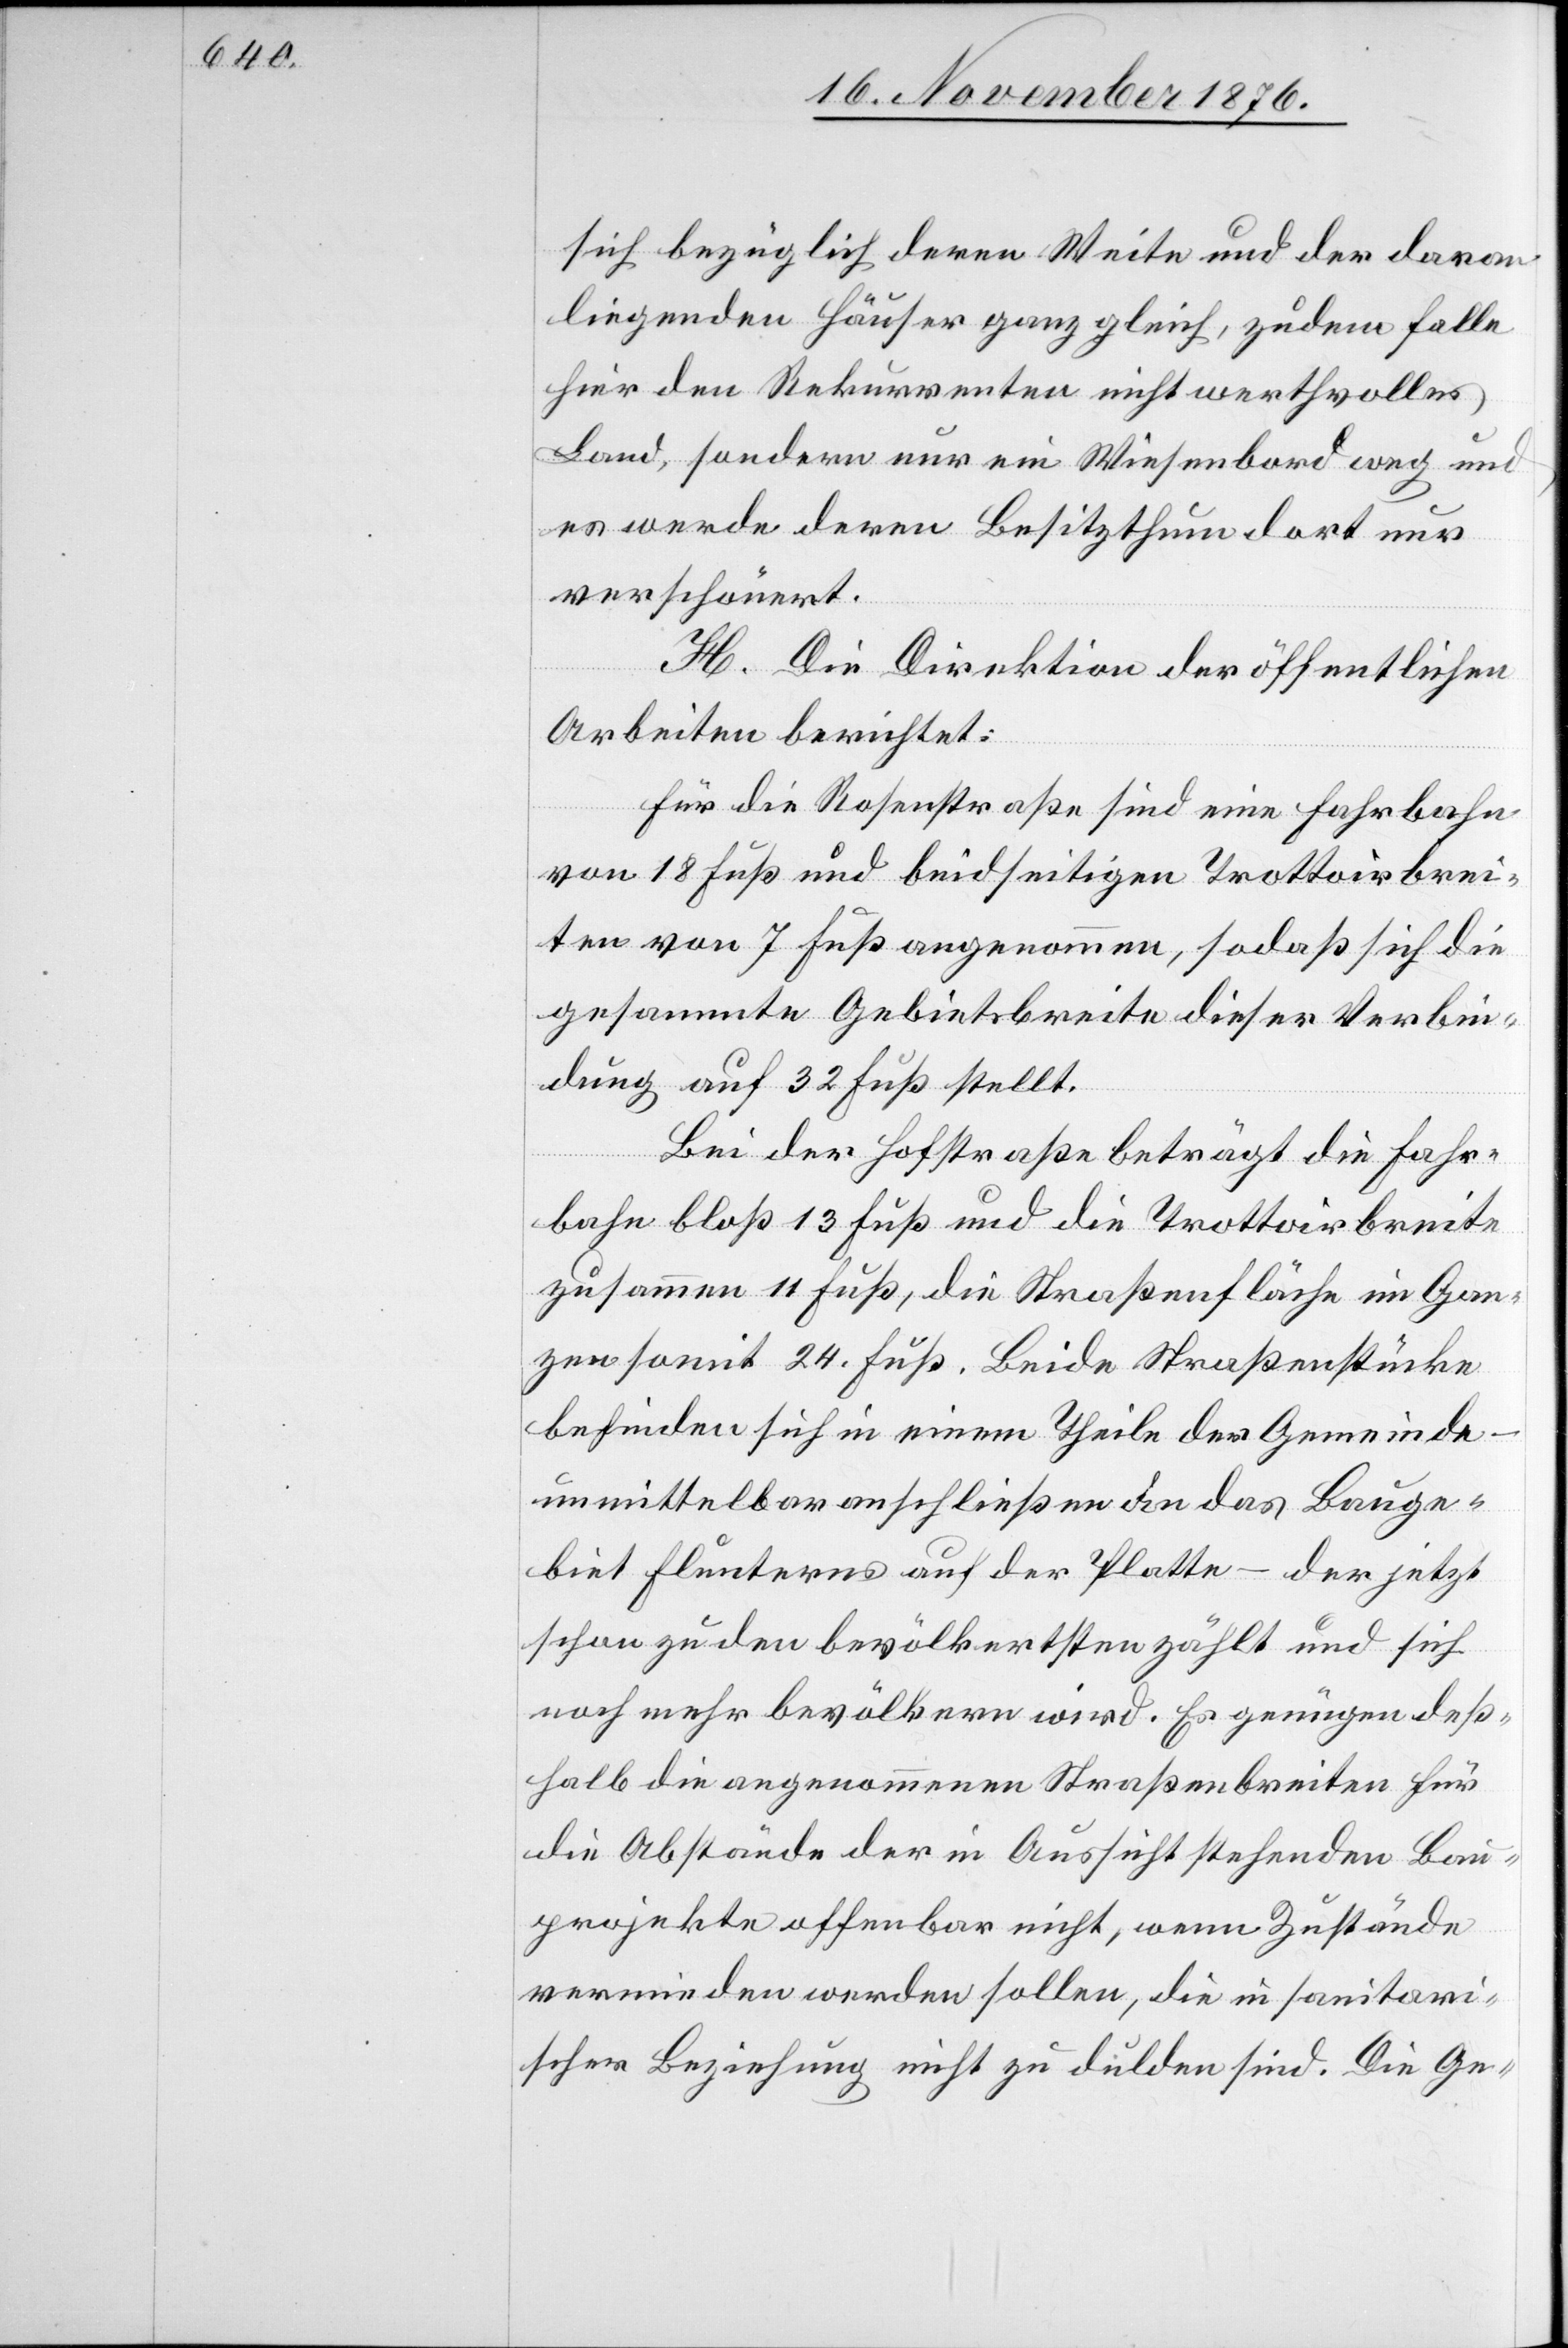
sich bezüglich deren Weite und der daran
liegenden Häuser ganz gleich, zudem falle
hier den Rekurrenten nicht werthvolles
Land, sondern nur ein Wiesenbord weg und
es werden deren Besitzthum dort nur
verschönert.
H. Die Direktion der öffentlichen
Arbeiten berichtet:
Für die Rosenstraße sind eine Fahrbahn
von 18 Fuß und beidseitigen Trottoirbrei¬
ten von 7 Fuß angenommen, sodaß sich die
gesammte Gebietsbreite dieser Verbin¬
dung auf 32 Fuß stellt.
Bei der Hofstraße beträgt die Fahr¬
bahn bloß 13 Fuß und die Trottoirbreite
11
befinden sich in einem Theile der Gemeinde
unmittelbar anschließen[d] an das Bauge¬
biet Flunterns auf der Platte – der jetzt
schon zu den bevölkertsten zählt und sich
noch mehr bevölkern wird. Es genügen deß¬
halb die angenommenen Straßenbreiten für
die Abstände der in Aussicht stehenden Bau¬
projekte offenbar nicht, wenn Zustände
vermieden werden sollen, die in sanitari¬
scher Beziehung nicht zu dulden sind. Die Ge-